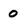
Character: 0